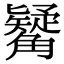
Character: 觺